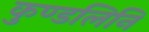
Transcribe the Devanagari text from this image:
कुण्डलिनि